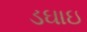
ડઘાઇ